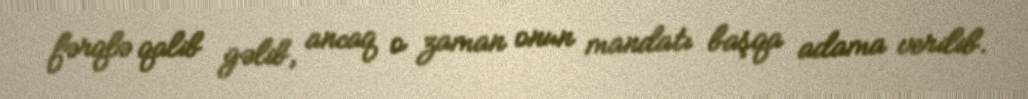
fərqlə qalib gəlib, ancaq o zaman onun mandatı başqa adama verilib.